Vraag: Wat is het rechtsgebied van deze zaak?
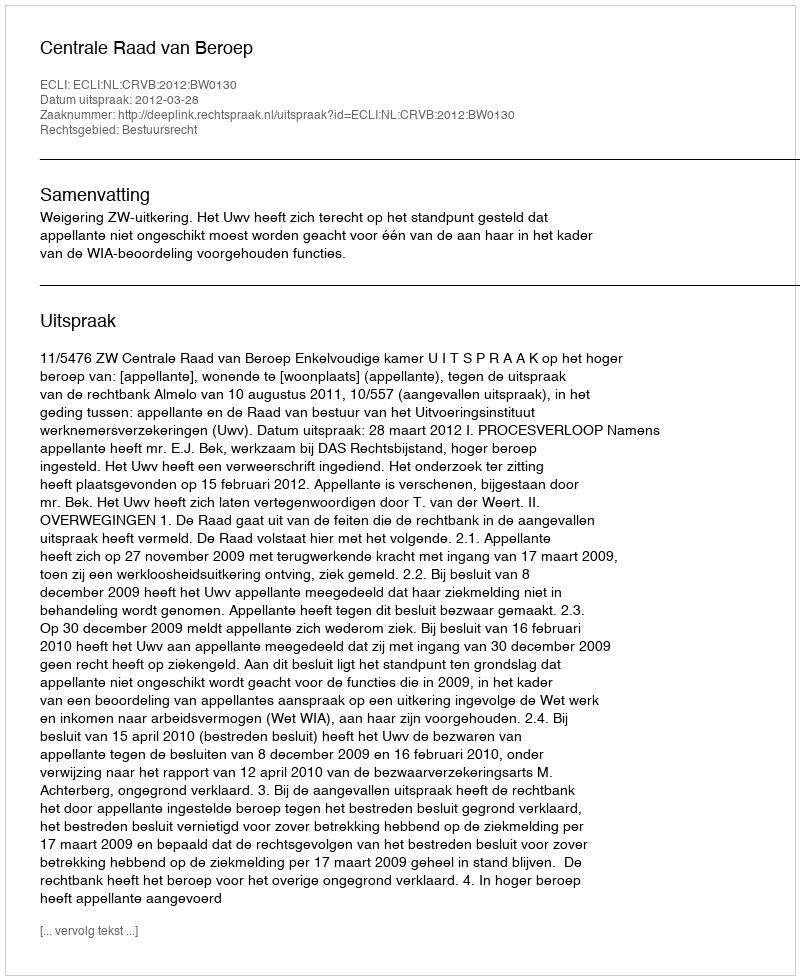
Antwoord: Bestuursrecht